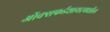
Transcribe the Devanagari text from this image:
ऑक्सफर्डशायरमधील